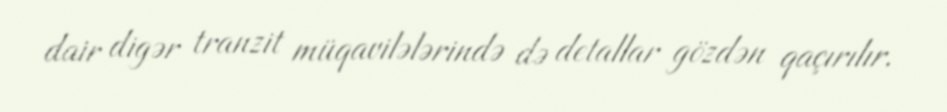
dair digər tranzit müqavilələrində də detallar gözdən qaçırılır.